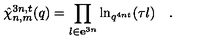
\hat { \chi } _ { n , m } ^ { 3 n , t } ( q ) = \prod _ { l \in { \bf e } ^ { 3 n } } \ln _ { q ^ { 4 n t } } ( \tau l ) \quad . \quad